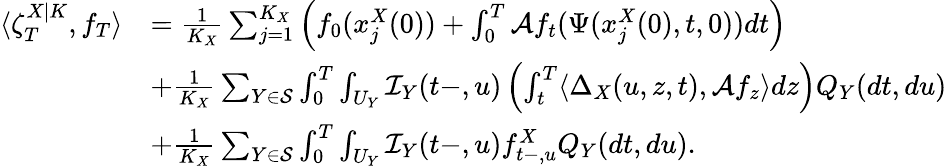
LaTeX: \begin{array}{rl}{\langle\zeta_{T}^{X|K},f_{T}\rangle}&{=\frac{1}{K_{X}}\sum_{j=1}^{K_{X}}\left(f_{0}(x_{j}^{X}(0))+\int_{0}^{T}\mathcal{A}f_{t}(\Psi(x_{j}^{X}(0),t,0))dt\right)}\\ &{+\frac{1}{K_{X}}\sum_{Y\in\mathcal{S}}\int_{0}^{T}\int_{U_{Y}}\mathcal{I}_{Y}(t-,u)\left(\int_{t}^{T}\langle\Delta_{X}(u,z,t),\mathcal{A}f_{z}\rangle dz\right)Q_{Y}(dt,du)}\\ &{+\frac{1}{K_{X}}\sum_{Y\in\mathcal{S}}\int_{0}^{T}\int_{U_{Y}}\mathcal{I}_{Y}(t-,u)f_{t-,u}^{X}Q_{Y}(dt,du).}\end{array}